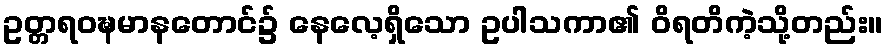
ဥတ္တရဝဍ္ဎမာနတောင်၌ နေလေ့ရှိသော ဥပါသကာ၏ ဝိရတိကဲ့သို့တည်း။